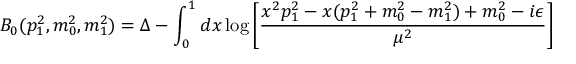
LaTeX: B _ { 0 } ( p _ { 1 } ^ { 2 } , m _ { 0 } ^ { 2 } , m _ { 1 } ^ { 2 } ) = \Delta - \int _ { 0 } ^ { 1 } d x \log \left[ \frac { x ^ { 2 } p _ { 1 } ^ { 2 } - x ( p _ { 1 } ^ { 2 } + m _ { 0 } ^ { 2 } - m _ { 1 } ^ { 2 } ) + m _ { 0 } ^ { 2 } - i \epsilon } { \mu ^ { 2 } } \right]